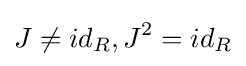
J\neq id_{R},J^{2}=id_{R}